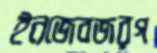
ইনজেবজরগ